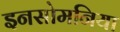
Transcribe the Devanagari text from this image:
इनसोमनिया